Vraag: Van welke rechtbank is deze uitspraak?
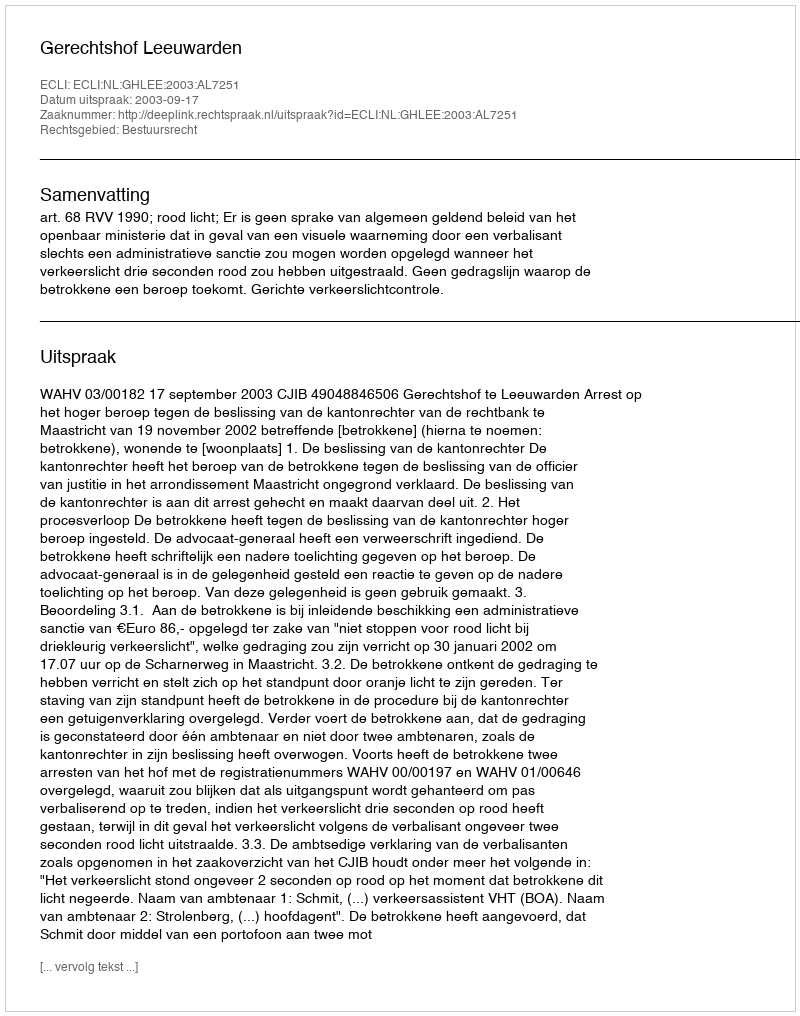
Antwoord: Gerechtshof Leeuwarden